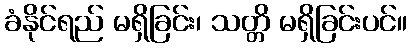
ခံနိုင်ရည် မရှိခြင်း၊ သတ္တိ မရှိခြင်းပင်။